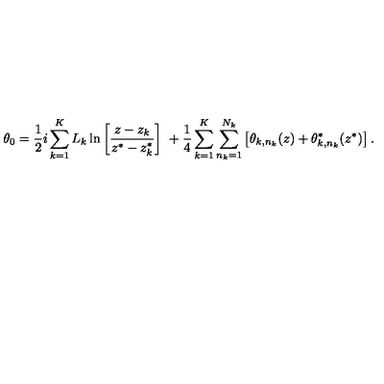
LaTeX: \theta _ { 0 } = \frac { 1 } { 2 } i \sum _ { k = 1 } ^ { K } L _ { k } \ln \left[ \frac { z - z _ { k } } { z ^ { * } - z _ { k } ^ { * } } \right] \ + \frac { 1 } { 4 } \sum _ { k = 1 } ^ { K } \sum _ { n _ { k } = 1 } ^ { N _ { k } } \left[ \theta _ { k , n _ { k } } ( z ) + \theta _ { k , n _ { k } } ^ { * } ( z ^ { * } ) \right] .